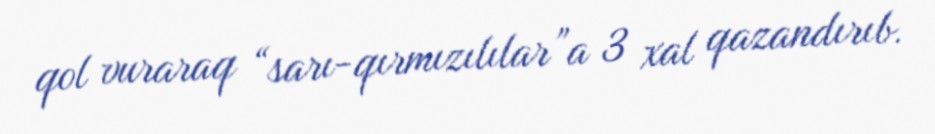
qol vuraraq “sarı-qırmızılılar”a 3 xal qazandırıb.